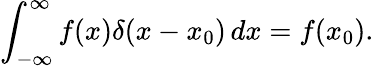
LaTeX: \int_{-\infty}^{\infty}f(x)\delta(x-x_{0})\, dx=f(x_{0}).